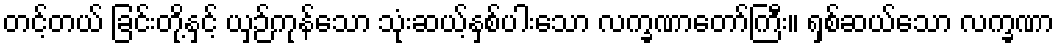
တင့်တယ် ခြင်းတို့နှင့် ယှဉ်ကုန်သော သုံးဆယ့်နှစ်ပါးသော လက္ခဏာတော်ကြီး။ ရှစ်ဆယ်သော လက္ခဏာ